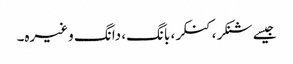
جیسے شنکر، کنکر، بانگ، دانگ وغیرہ۔